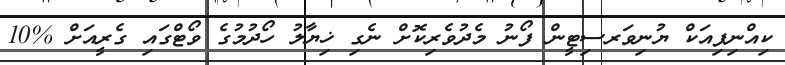
ކިއްނިޕިއަކް ޔުނިވަރސިޓީން ފޯނު މެދުވެރިކޮށް ނެގި ޚިޔާލު ހޯދުމުގެ ވޯޓްގައި ގެރީއަށް %10